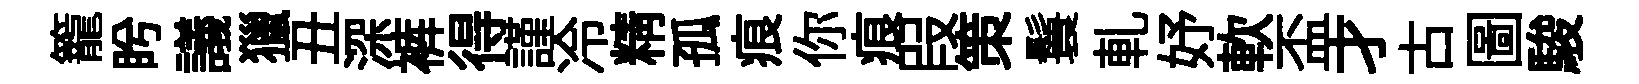
籠盻議獵丑深裤得謹冷精孤痕你痕叚策鬟軋妤軟盃才古圖駿